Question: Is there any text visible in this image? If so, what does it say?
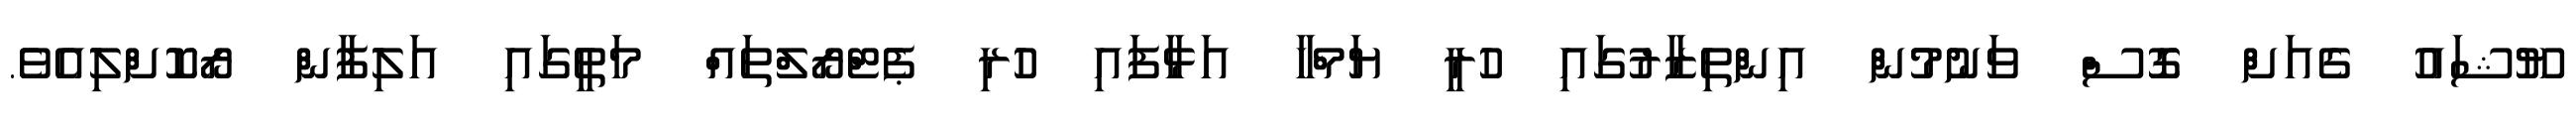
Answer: ޔޫޝައު ގެއަށް ގޮސް ވަނުމުން އިންތިޒާރުގައި ހުރީ ޔަމްހާ އަޅާފައި ހުރި ޕެޓްރޯލްތައް މަތީގައި އަލިފާން ރޯކޮށްލިއެވެ.